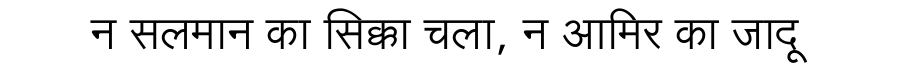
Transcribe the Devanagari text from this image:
न सलमान का सिक्का चला, न आमिर का जादू